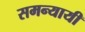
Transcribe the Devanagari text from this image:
समन्यायी